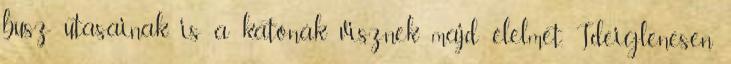
busz utasainak is a katonák visznek majd élelmet. Ideiglenesen